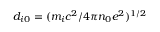
d _ { i 0 } = ( m _ { i } c ^ { 2 } / 4 \pi n _ { 0 } e ^ { 2 } ) ^ { 1 / 2 }